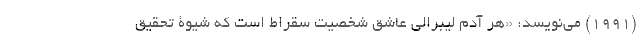
(1991) می‌نویسد: «هر آدم لیبرالی عاشق شخصیت سقراط است که شیوۀ تحقیق